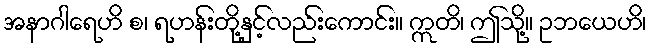
အနာဂါရေဟိ စ၊ ရဟန်းတို့နှင့်လည်းကောင်း။ ဣတိ၊ ဤသို့။ ဥဘယေဟိ၊